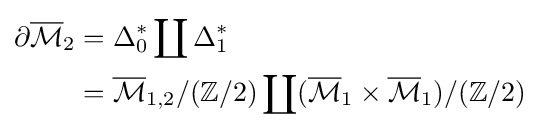
{\begin{aligned}\partial {\overline {\mathcal {M}}}_{2}&=\Delta _{0}^{*}\coprod \Delta _{1}^{*}\\&={\overline {\mathcal {M}}}_{1,2}/(\mathbb {Z} /2)\coprod ({\overline {\mathcal {M}}}_{1}\times {\overline {\mathcal {M}}}_{1})/(\mathbb {Z} /2)\end{aligned}}